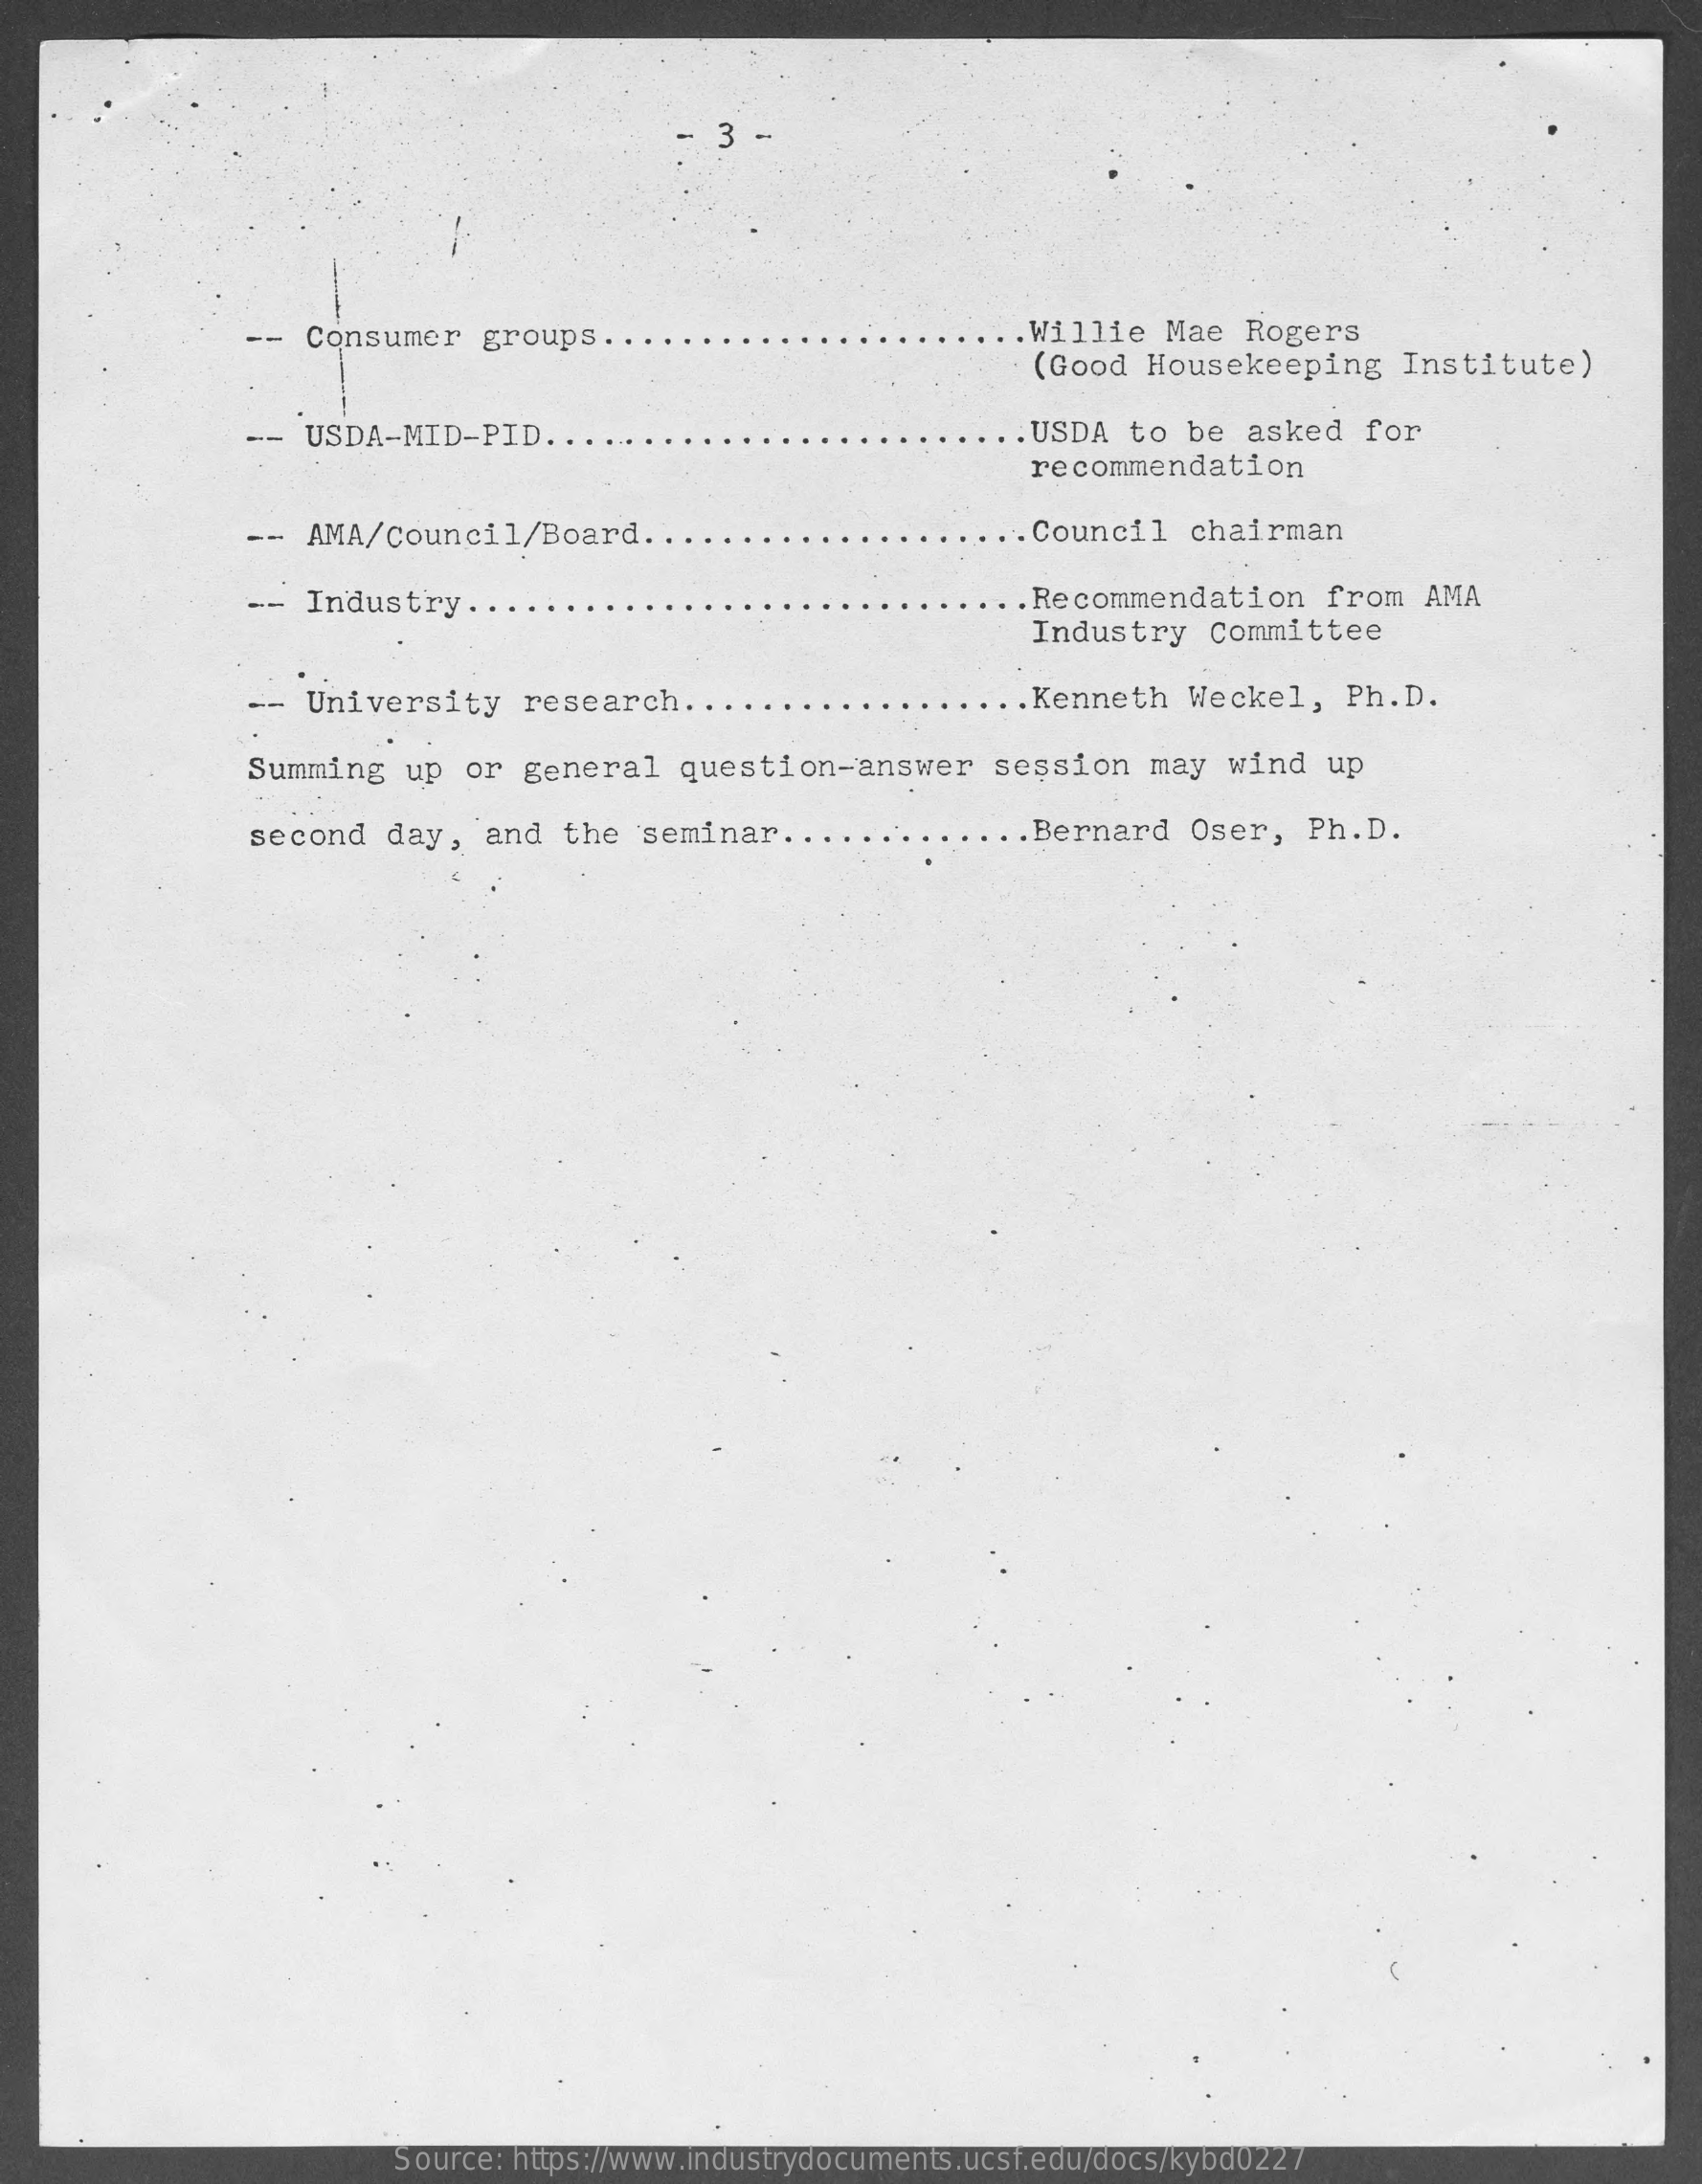
Consumer   groups.    .Willie  Mae  Rogers
     (Good  Housekeeping    Institute)
     -- USDA-MID-PID    ...    . . USDA to be  asked  for
     recommendation
     --  AMA/Council/Board    ...    . Council  chairman
     --  Industry  .....    . Recommendation    from  AMA
     Industry   Committee
     --  University    research  ...    ... Kenneth  Weckel,   Ph.D.
     Summing   up  or  general   question-answer    session   may   wind  up
     second  day,  and  the   seminar  ...    .. Bernard  Oser,   Ph.D.
     Source: https://www.industrydocuments.ucsf.edu/docs/kybd0227